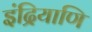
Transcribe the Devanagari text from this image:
इंद्रियाणि